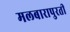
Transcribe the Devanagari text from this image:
मलबारापुरती